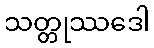
သတ္တုဿဒေါ